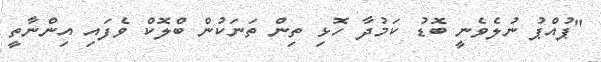
"ޕުއްޕު ނުލެވެނީ ބޮޑު ކަމުދާ ހޮޅި ތިން ތަނަކުން ބްލޮކް ވެފައި އިންނާތީ